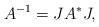
LaTeX: \begin{align*}A^{-1} = JA^*J,\end{align*}